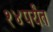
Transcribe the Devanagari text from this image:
१४पर्यंत